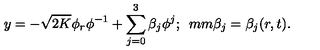
y = - \sqrt { 2 K } \phi _ { r } \phi ^ { - 1 } + \sum _ { j = 0 } ^ { 3 } \beta _ { j } \phi ^ { j } ; \hspace * { 5 m m } \beta _ { j } = \beta _ { j } ( r , t ) .